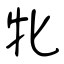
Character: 牝